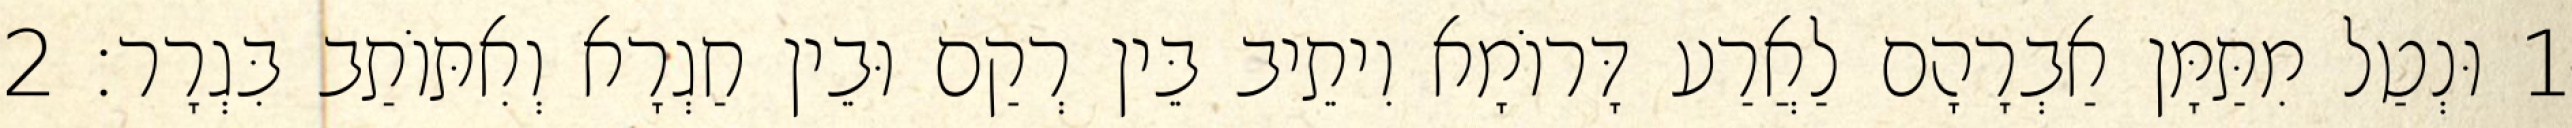
1 וּנְטַל מִתַּמָּן אַבְרָהָם לַאֲרַע דָּרוֹמָא וִיתֵיב בֵּין רְקַם וּבֵין חַגְרָא וְאִתּוֹתַב בִּגְרָר׃ 2